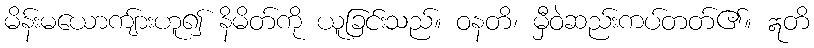
မိန်းမယောကျ်ားဟူ၍ နိမိတ်ကို ယူခြင်းသည်။ ဝနတိ၊ မှီဝဲဆည်းကပ်တတ်၏။ ဣတိ